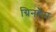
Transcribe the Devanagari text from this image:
ग्रिनहैम